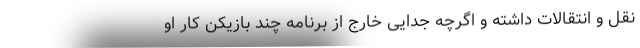
نقل و انتقالات داشته و اگرچه جدایی خارج از برنامه چند بازیکن کار او